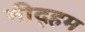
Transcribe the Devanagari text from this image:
नीद्हम